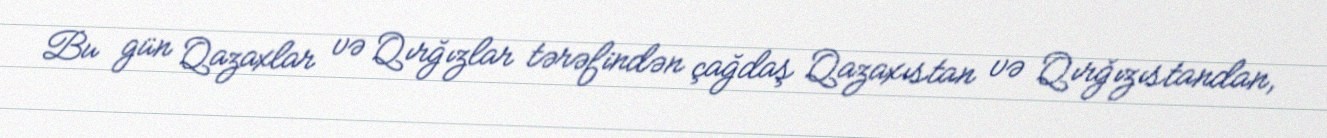
Bu gün Qazaxlar və Qırğızlar tərəfindən çağdaş Qazaxıstan və Qırğızıstandan,